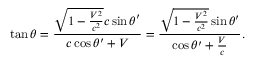
\tan \theta = { \frac { { \sqrt { 1 - { \frac { V ^ { 2 } } { c ^ { 2 } } } } } c \sin \theta ^ { \prime } } { c \cos \theta ^ { \prime } + V } } = { \frac { { \sqrt { 1 - { \frac { V ^ { 2 } } { c ^ { 2 } } } } } \sin \theta ^ { \prime } } { \cos \theta ^ { \prime } + { \frac { V } { c } } } } .